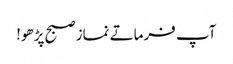
آپ فرماتے نماز صبح پڑھو!